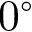
0 ^ { \circ }